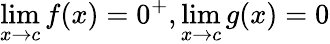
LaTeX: \operatorname*{lim}_{x\to c}f(x)=0^{+},\operatorname*{lim}_{x\to c}g(x)=0